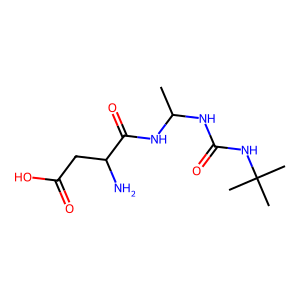
SMILES: CC(NC(=O)NC(C)(C)C)NC(=O)C(N)CC(=O)O
Inhibits HIV replication: No